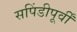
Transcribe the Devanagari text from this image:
सपिंडीपूर्वीं